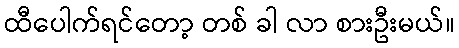
ထီပေါက်ရင်တော့ တစ် ခါ လာ စားဦးမယ်။